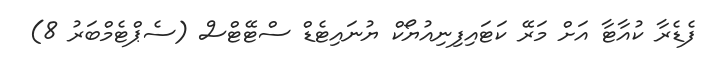
ފެޑެރާ ކުއާޓާ އަށް މަރޭ ކަޓައިފިނިއުޔޯކް ޔުނައިޓެޑް ސްޓޭޓްސް (ސެޕްޓެމްބަރު 8)